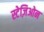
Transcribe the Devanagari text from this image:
स्टेज़िओन